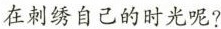
在刺绣自己的时光呢?